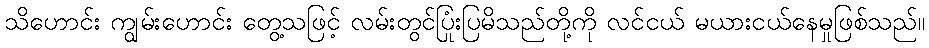
သိဟောင်း ကျွမ်းဟောင်း တွေ့သဖြင့် လမ်းတွင်ပြုံးပြမိသည်တို့ကို လင်ငယ် မယားငယ်နေမှုဖြစ်သည်။